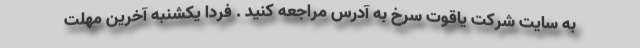
به سایت شرکت یاقوت سرخ به آدرس مراجعه کنید . فردا یکشنبه آخرین مهلت